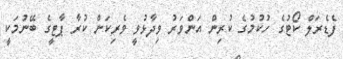
ފެޑެރަލް ކޯޓުގެ ހުކުމުގެ ކުރިން އަންވަރު ވިދާޅުވީ ވެެރިކަން ކުރާ ޕާޓީގެ ބޭނުމަކީ